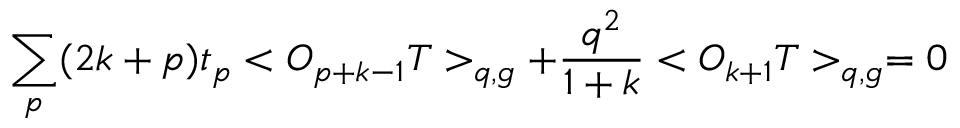
\sum _ { p } ( 2 k + p ) t _ { p } < O _ { p + k - 1 } T > _ { q , g } + \frac { q ^ { 2 } } { 1 + k } < O _ { k + 1 } T > _ { q , g } = 0